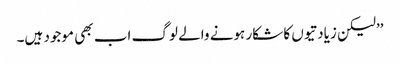
’’لیکن زیادتیوں کا شکار ہونے والے لوگ اب بھی موجود ہیں۔